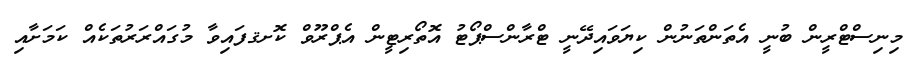
މިނިސްޓްރީން ބުނީ އެތަންތަނުން ކިޔަވައިދޭނީ ޓްރާންސްޕޯޓު އޮތޯރިޓީން އެޕްރޫވް ކޮށޤފައިވާ މުގައްރަރުތަކެއް ކަމަށާއި